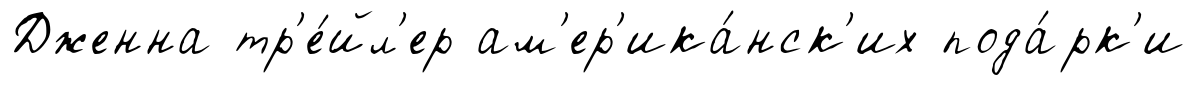
Дженна тр'е́йл'ер ам'ер'ика́нск'их пода́рк'и